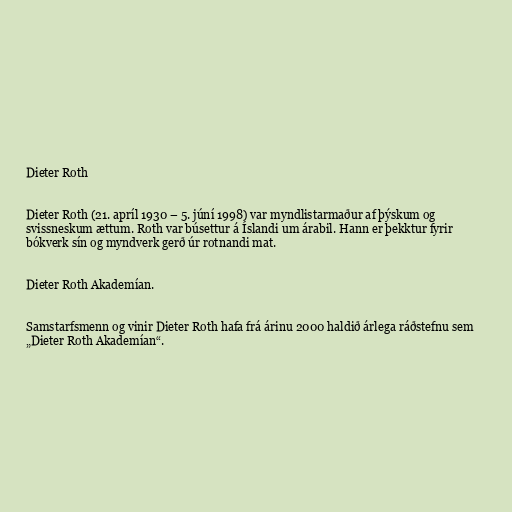
Dieter Roth

Dieter Roth (21. apríl 1930 – 5. júní 1998) var myndlistarmaður af þýskum og
svissneskum ættum. Roth var búsettur á Íslandi um árabil. Hann er þekktur fyrir
bókverk sín og myndverk gerð úr rotnandi mat.

Dieter Roth Akademían.

Samstarfsmenn og vinir Dieter Roth hafa frá árinu 2000 haldið árlega ráðstefnu sem
„Dieter Roth Akademían“.